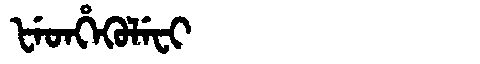
Manchu: ᡶᡝᡨᡥᡝᡴᡠᠯᡝᠸᡳ
Romanization: FETHEKULEFI